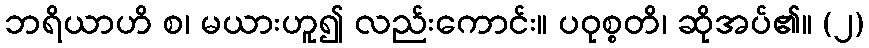
ဘရိယာဟိ စ၊ မယားဟူ၍ လည်းကောင်း။ ပဝုစ္စတိ၊ ဆိုအပ်၏။ (၂)